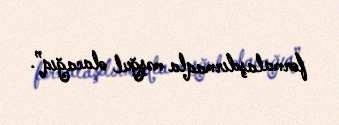
formalaşdırmaqla məşğul olacağıq”.